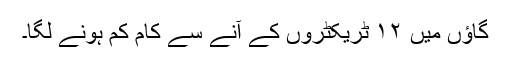
گاؤں میں ۱۲ ٹریکٹروں کے آنے سے کام کم ہونے لگا۔